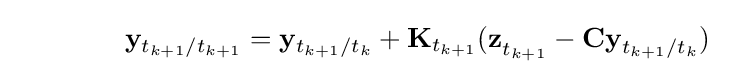
\qquad \qquad \mathbf {y} _{t_{k+1}/t_{k+1}}=\mathbf {y} _{t_{k+1}/t_{k}}+\mathbf {K} _{t_{k+1}}\mathbf {(\mathbf {z} } _{t_{k+1}}-\mathbf {\mathbf {C} y} _{t_{k+1}/t_{k}}\mathbf {)} \quad